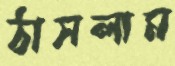
ঠাসলাম